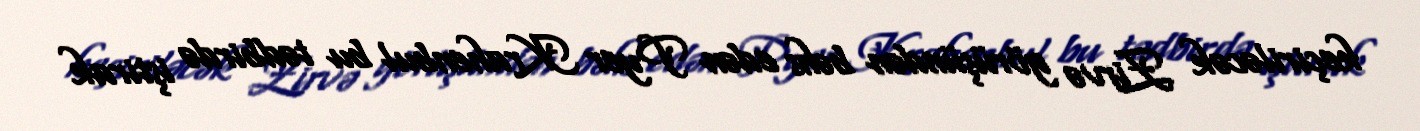
keçiriləcək Zirvə görüşündən bəhs edən Pyer Krahenbul bu tədbirdə iştirak